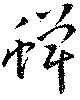
蝉